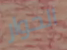
الحوار